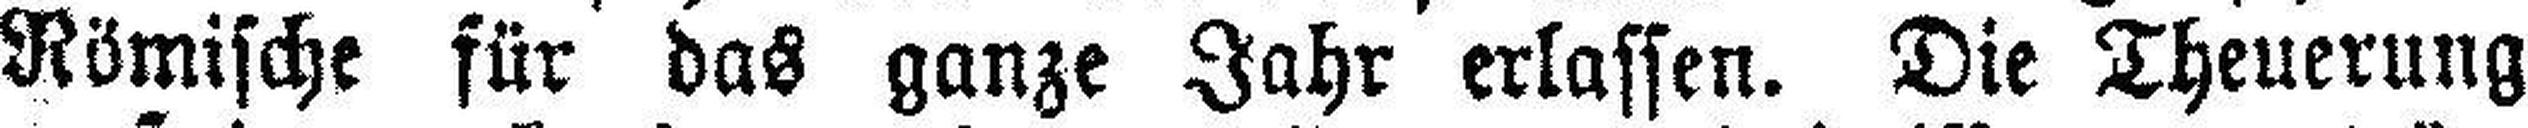
Römische für das ganze Jahr erlassen. Die Theuerung